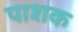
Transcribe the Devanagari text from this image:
पाशक